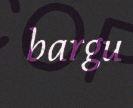
bargu